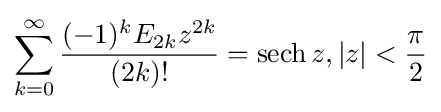
\sum _{k=0}^{\infty }{\frac {(-1)^{k}E_{2k}z^{2k}}{(2k)!}}=\operatorname {sech} z,|z|<{\frac {\pi }{2}}